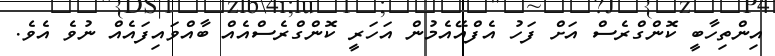
އިންތިހާބީ ކޮންގްރެސް އަށް ފަހު އެފްއޭއެމުން އަހަރީ ކޮންގްރެސްއެއް ބާއްވައިފައެއް ނުވެ އެވެ.